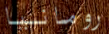
رومانيا